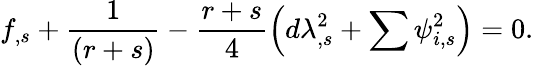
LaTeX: f_{,s}+\frac{1}{\left(r+s\right)}-\frac{r+s}{4}\left(d\lambda_{,s}^{2}+\sum\psi_{i,s}^{2}\right)=0.